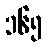
၁၆၅